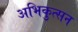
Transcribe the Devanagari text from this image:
अभिकुत्सन